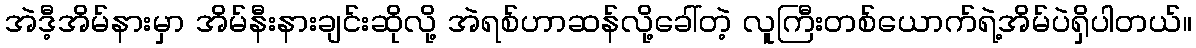
အဲဒီ့အိမ်နားမှာ အိမ်နီးနားချင်းဆိုလို့ အဲရစ်ဟာဆန်လို့ခေါ်တဲ့ လူကြီးတစ်ယောက်ရဲ့အိမ်ပဲရှိပါတယ်။